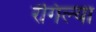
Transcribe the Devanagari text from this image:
रंगिल्या